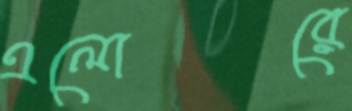
এলোরে